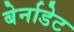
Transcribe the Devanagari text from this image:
बेर्नाडेट